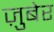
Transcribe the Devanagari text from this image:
ज़ुबेर